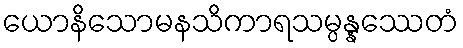
ယောနိသောမနသိကာရသမ္ပန္နဿေတံ